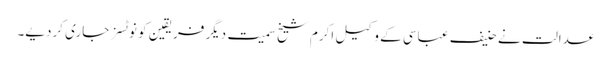
عدالت نے حنیف عباسی کے وکیل اکرم شیخ سمیت دیگر فریقین کو نوٹسز جاری کردیے۔